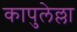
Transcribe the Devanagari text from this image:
कापुलेल्ला